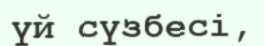
үй сүзбесі,